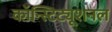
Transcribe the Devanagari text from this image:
कॉन्स्टिट्यूशनल